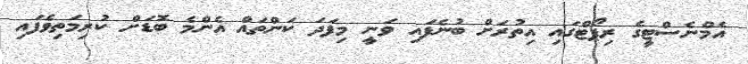
އެމްނެސްޓީގެ ރިޕޯޓްގައި އިތުރަށް ބުނެފައި ވަނީ މިފަދަ ކަންތައް އެންމެ ބޮޑަށް ކުރިމަތިވެފައި